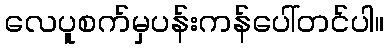
လေပူစက်မှပန်းကန်ပေါ်တင်ပါ။